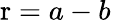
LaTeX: \mathrm{r}=a-b\,